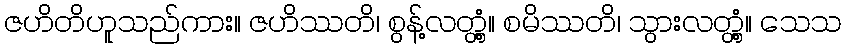
ဇဟိတိဟူသည်ကား။ ဇဟိဿတိ၊ စွန့်လတ္တံ့။ စမိဿတိ၊ သွားလတ္တံ့။ သေသ